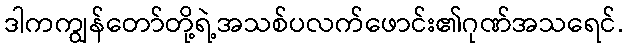
ဒါကကျွန်တော်တို့ရဲ့အသစ်ပလက်ဖောင်း၏ဂုဏ်အသရေင်.